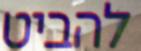
להביט